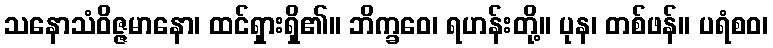
သနောသံဝိဇ္ဇမာနော၊ ထင်ရှားရှိ၏။ ဘိက္ခဝေ၊ ရဟန်းတို့။ ပုန၊ တစ်ဖန်။ ပရံစဝ၊